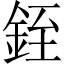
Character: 銍